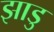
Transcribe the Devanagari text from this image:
झाडु